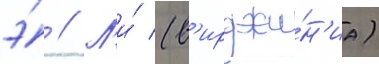
э́ // Л'и́ (в'ирджи́н'иа)